Annual administration report of the Civil Veterinary Department, Ajmere-Merwara, British Rajputana - 1914-1940
Year: 1914
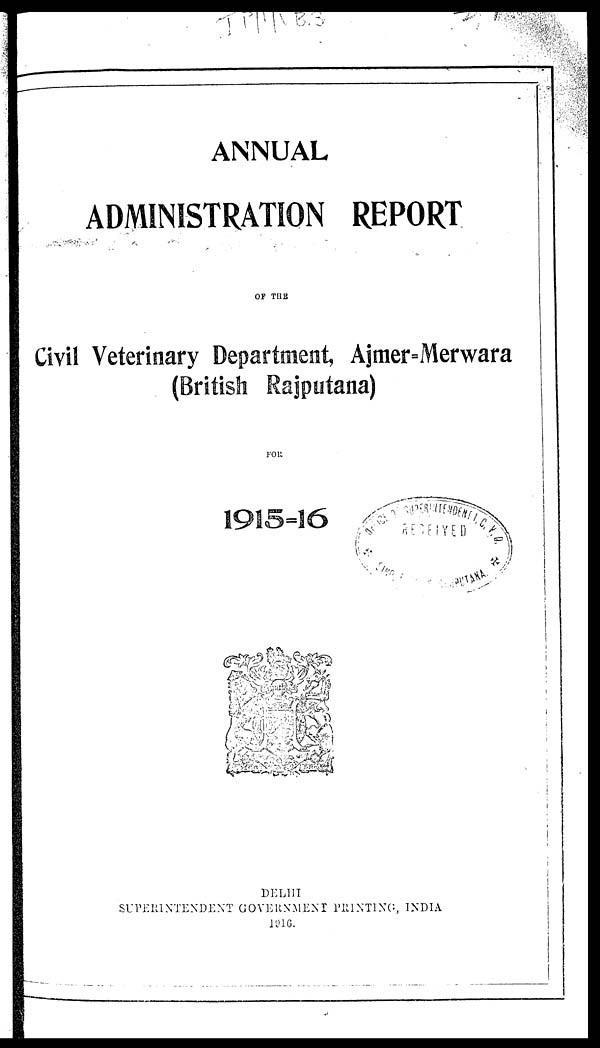
ANNUAL
ADMINISTRATION REPORT
OF
THE
Civil Veterinary Department, Ajmer=Merwara
(British Rajputana)
FOR
1915=16
DELHI
SUPERINTENDENT GOVERMENT PRINTING, INDIA
1916.